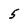
Character: 5